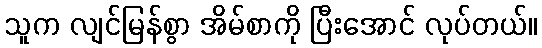
သူက လျင်မြန်စွာ အိမ်စာကို ပြီးအောင် လုပ်တယ်။